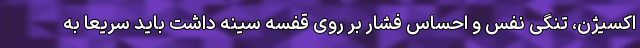
اکسیژن، تنگی نفس و احساس فشار بر روی قفسه سینه داشت باید سریعا به